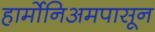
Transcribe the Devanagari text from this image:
हार्मोनिअमपासून